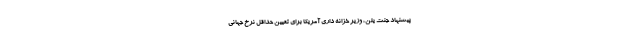
پیشنهاد جنت یلن، وزیر خزانه داری آمریکا برای تعیین حداقل نرخ جهانی